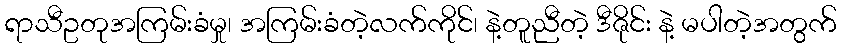
ရာသီဥတုအကြမ်းခံမှု၊ အကြမ်းခံတဲ့လက်ကိုင်၊ နဲ့တူညီတဲ့ ဒီဇိုင်း နဲ့ မပါတဲ့အတွက်